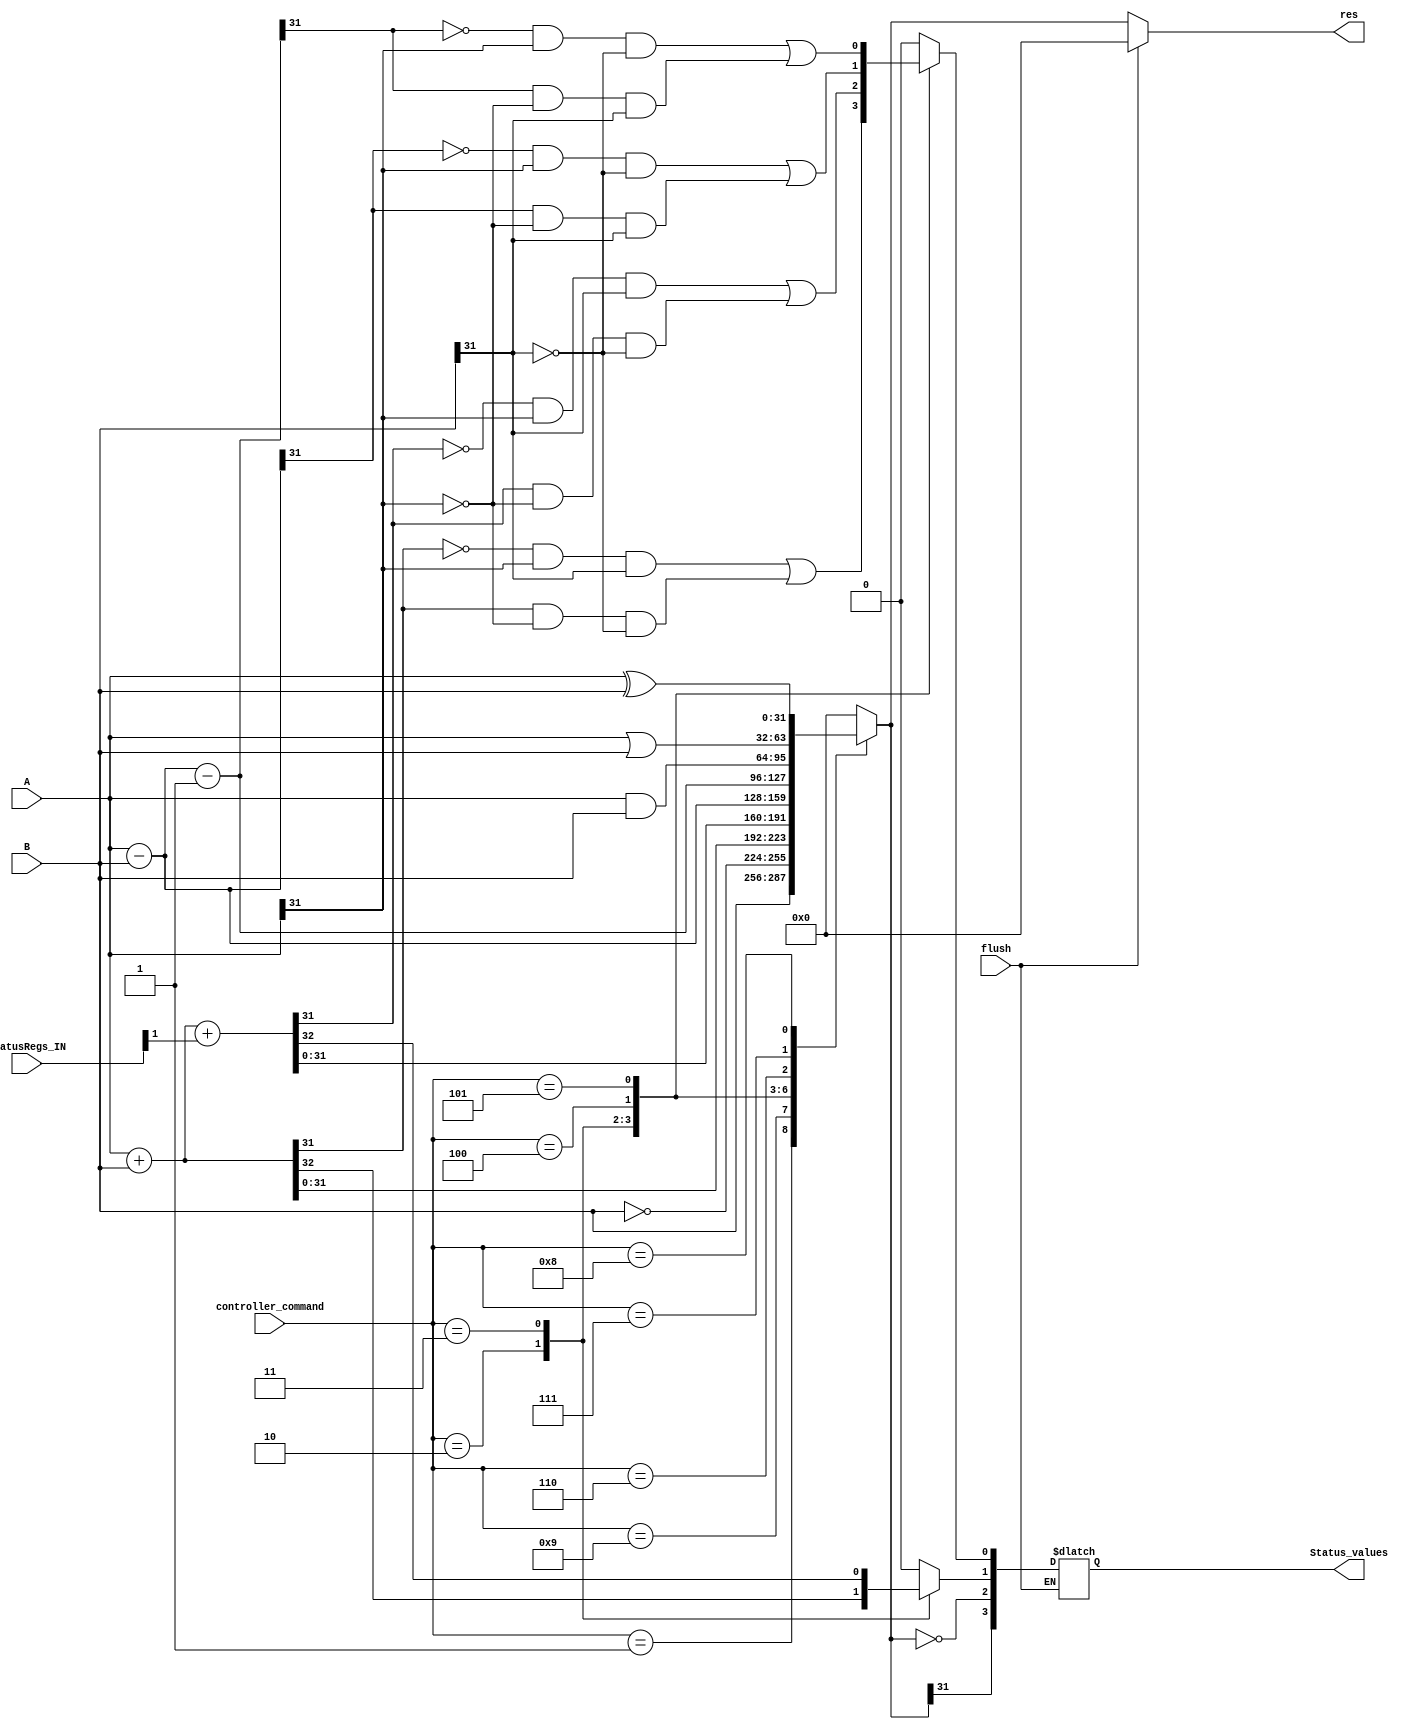
module ALU (input flush, input[3:0] statusRegs_IN,input [3:0] controller_command, input [31:0] A, B, output reg[31:0] res, output reg[3:0] Status_values);
reg _c, _n, _v, _z;

always@ (*) begin
  {_c, _n, _v, _z} = 4'b0;
  if(flush)begin
    {_c, _n, _v, _z} = 4'b0;
    res = 32'b0;
  end
  else begin
    case(controller_command)
      4'b0001: res = B;
      4'b1001: res = ~B;
      4'b0010:begin {_c,res} = A + B; _v = (~res[31] & A[31] & B[31]) | (res[31] & ~A[31] & ~B[31]); end   //overflow
      4'b0011:begin {_c, res} = A + B + statusRegs_IN[1];  _v = (~res[31] & A[31] & B[31]) | (res[31] & ~A[31] & ~B[31]); end//overflow
      4'b0100:begin res = A - B; _v = res[31] != A[31]; _v = (~res[31] & A[31] & ~B[31]) | (res[31] & ~A[31] & B[31]); end   //underflow
      4'b0101:begin res = A - B - 1; _v = res[31] != A[31]; _v = (~res[31] & A[31] & ~B[31]) | (res[31] & ~A[31] & B[31]); end   //underflow
      4'b0110: res = A & B;
      4'b0111: res = A | B;
      4'b1000: res = A ^ B;
      default: res = 32'b0;
    endcase
    _z = res == 32'b0;
    _n = res[31] == 1'b1;

    Status_values = {_n, _z, _c, _v};
  end
end

endmodule